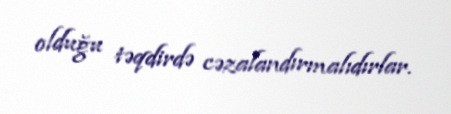
olduğu təqdirdə cəzalandırmalıdırlar.